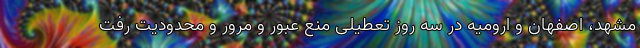
مشهد، اصفهان و ارومیه در سه روز تعطیلی منع عبور و مرور و محدودیت رفت